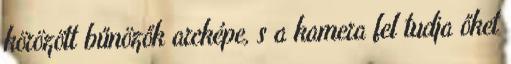
körözött bűnözők arcképe, s a kamera fel tudja őket